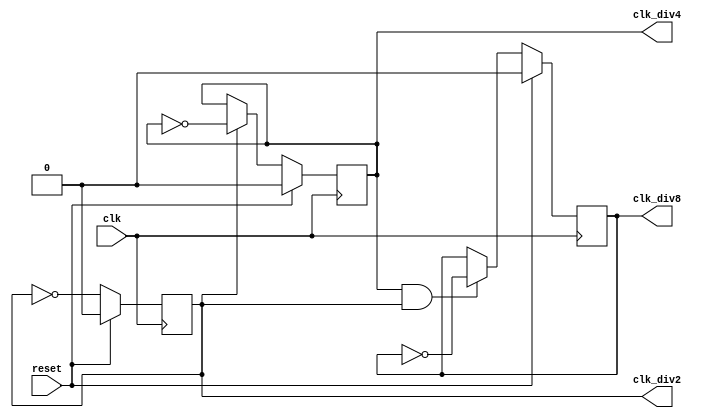

module delitel1(
    input clk,
    input reset,
    output reg clk_div2,
    output reg clk_div4,
    output reg clk_div8
);

always @(posedge clk ) begin
    if (reset)
        {clk_div2, clk_div4, clk_div8} <= 3'h0;
    else begin
        clk_div2 <= ~clk_div2;
        clk_div4 <= clk_div2 ? ~clk_div4 : clk_div4;
        clk_div8 <= clk_div4 & clk_div2 ? ~clk_div8 : clk_div8;
    end
end

endmodule